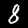
Digit: 8